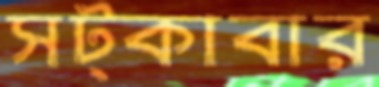
সট্‌কাবার